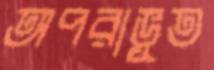
অপরাভূত